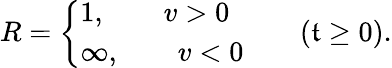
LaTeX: R=\left\{ \begin{array}{l}{{1,\qquad v>0}}\\ {{\infty,\qquad v<0}}\end{array}\right.\qquad(\mathfrak{t}\ge0).